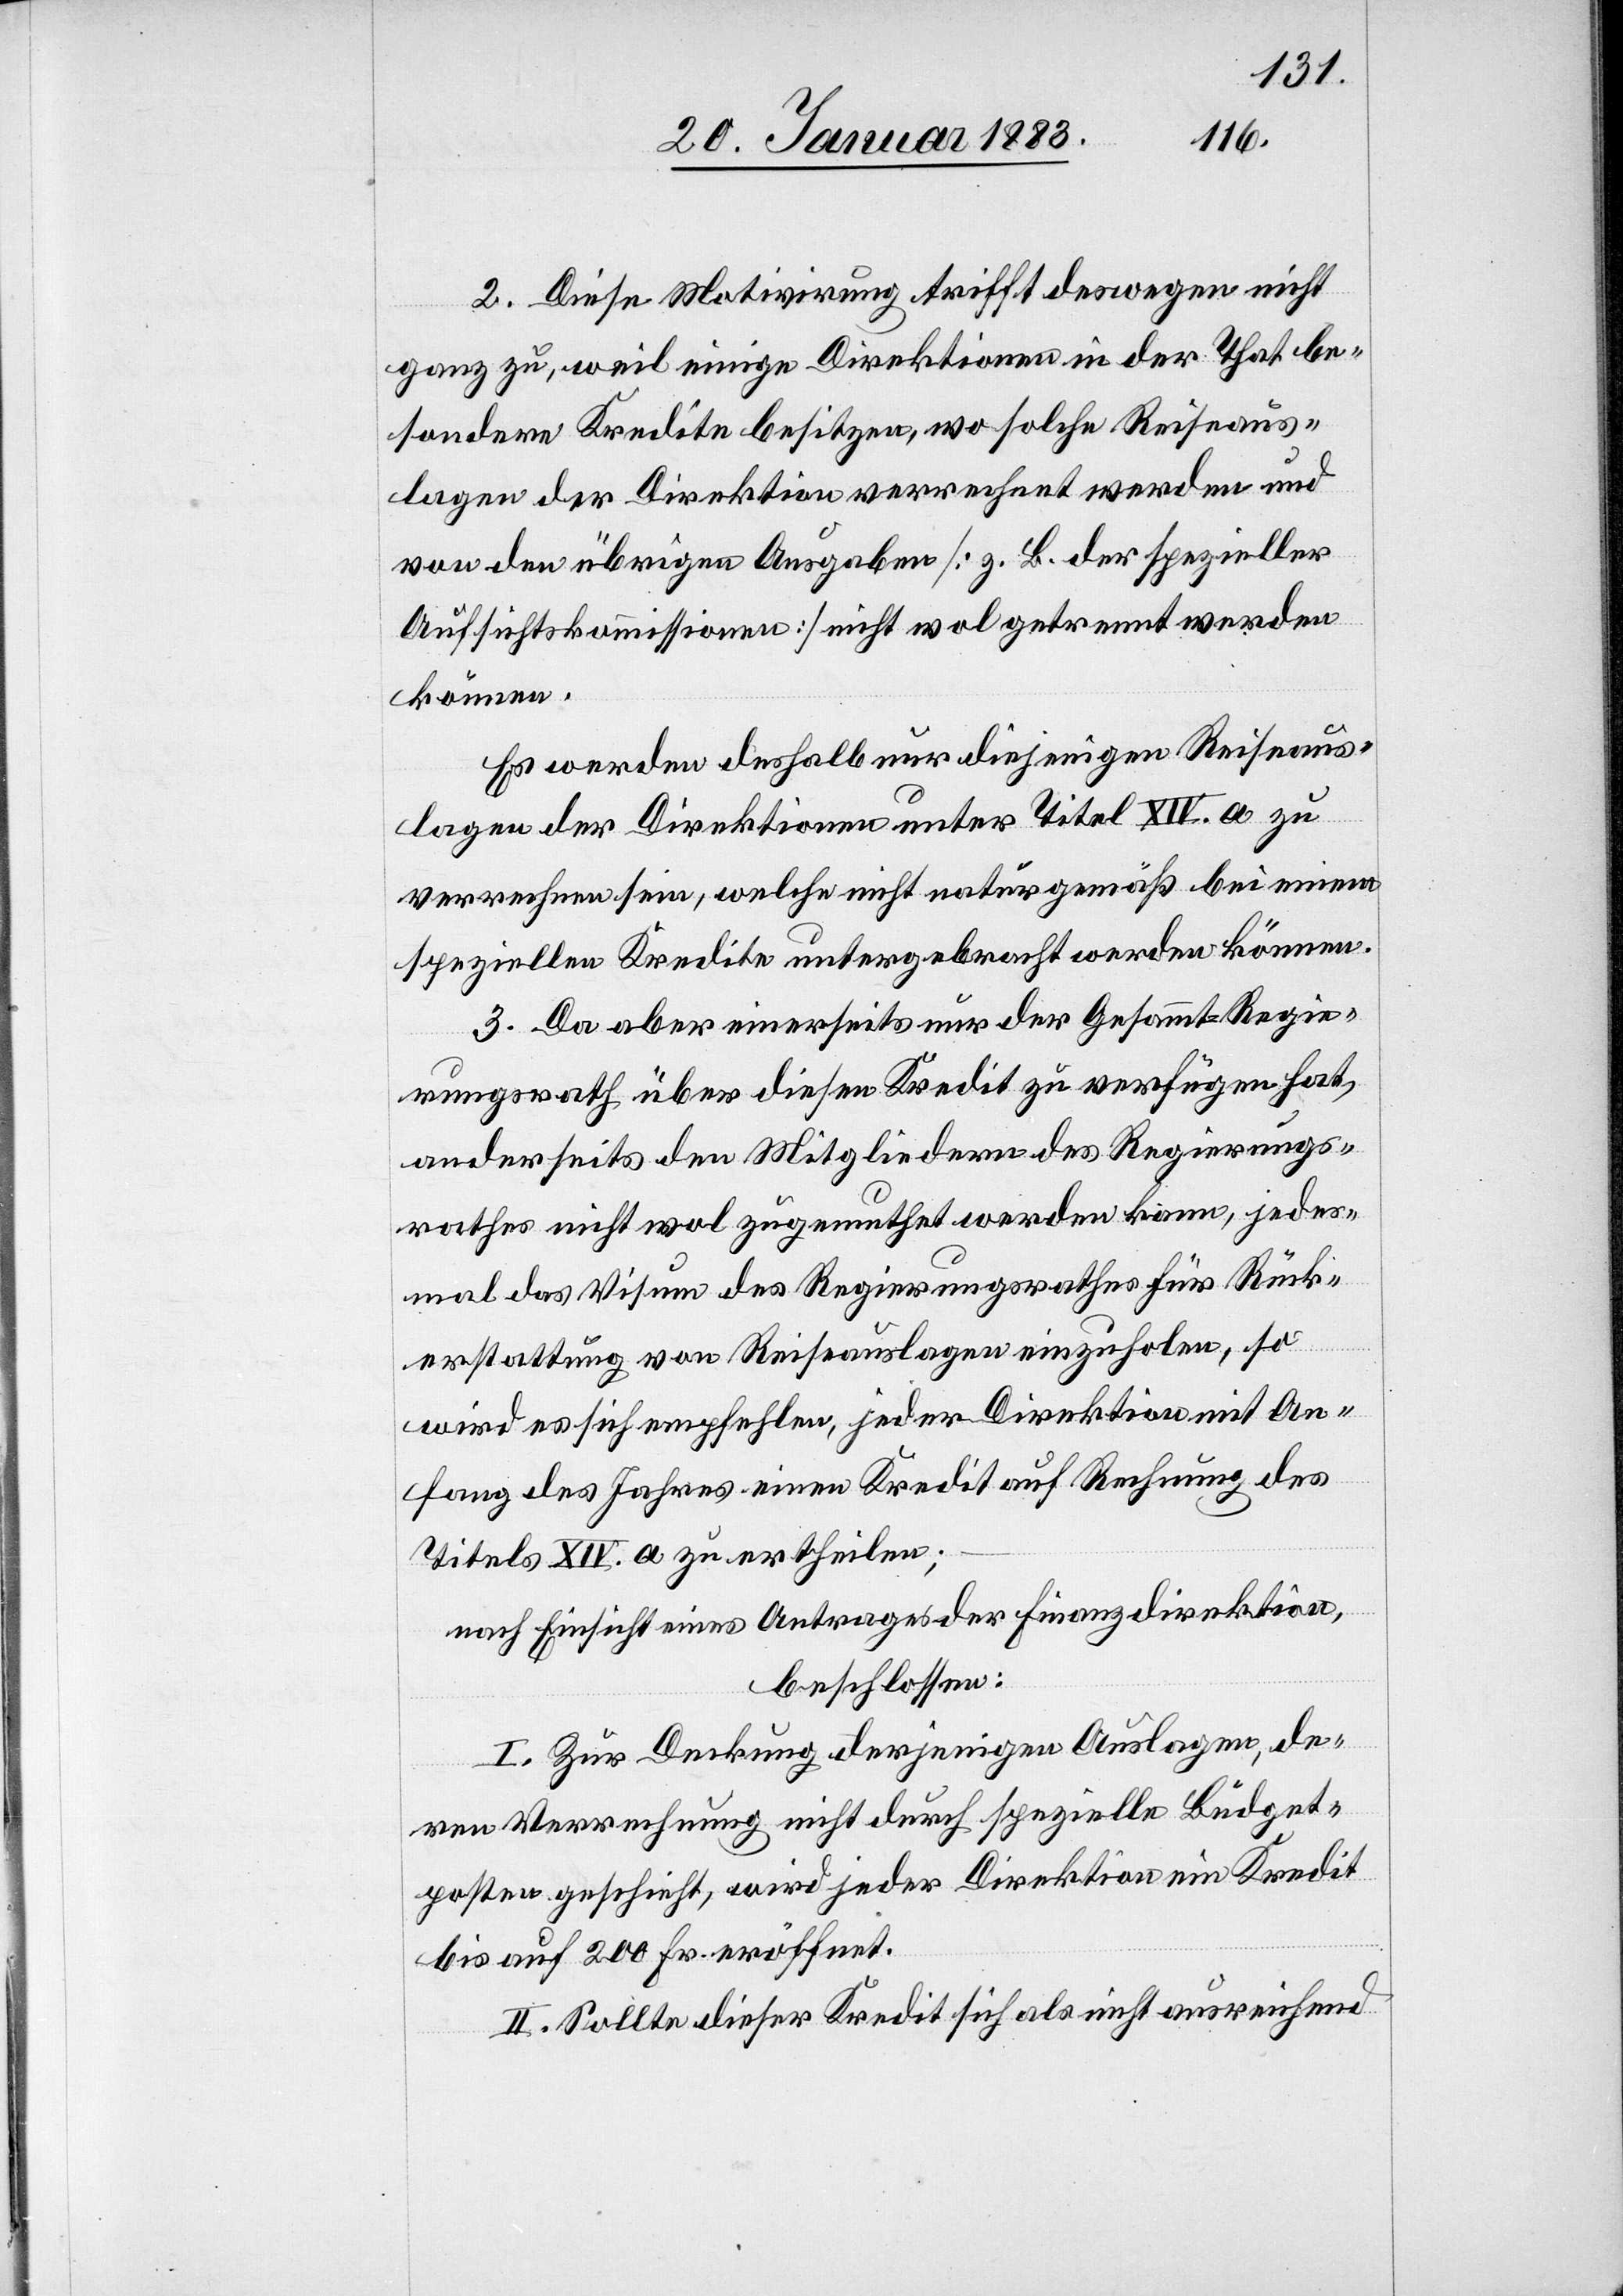
2. Diese Motivirung trifft deswegen nicht
ganz zu, weil einige Direktionen in der That be¬
sondere Kredite besitzen, wo solche Reiseaus¬
lagen der Direktion verrechnet werden und
von den übrigen Ausgaben [z. B. der spezieller
Aufsichtskommissionen] nicht wol getrennt werden
können.
Es werden deshalb nur diejenigen Reiseaus¬
lagen der Direktionen unter Titel XIV. a zu
verrechnen sein, welche nicht naturgemäß bei einem
speziellen Kredite untergebracht werden können.
3. Da aber einerseits nur der Gesammt-Regie¬
rungsrath über diesen Kredit zu verfügen hat,
anderseits den Mitgliedern des Regierungs¬
rathes nicht wol zugemuthet werden kann, jedes¬
mal das Visum des Regierungsrathes für Rück¬
erstattung von Reiseauslagen einzuholen, so
wird es sich empfehlen, jeder Direktion mit An¬
fang des Jahres einen Kredit auf Rechnung des
Titels XIV. a zu ertheilen;
nach Einsicht eines Antrages der Finanzdirektion,
beschlossen:
I. Zur Deckung derjenigen Auslagen, de¬
ren Verrechnung nicht durch spezielle Büdget¬
posten geschieht, wird jeder Direktion ein Kredit
bis auf 200 Fr. eröffnet.
II. Sollte dieser Kredit sich als nicht ausreichend